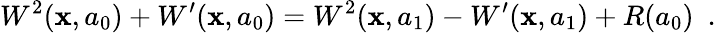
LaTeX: W^{2}(\mathbf{x},a_{0})+W^{\prime}(\mathbf{x},a_{0})=W^{2}(\mathbf{x},a_{1})-W^{\prime}(\mathbf{x},a_{1})+R(a_{0})~~.